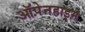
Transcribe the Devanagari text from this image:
ऑपेनहाइम